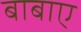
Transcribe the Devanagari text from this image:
बाबाए